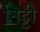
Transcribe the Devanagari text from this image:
निट्टी